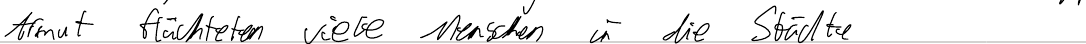
Armut flüchteten viele Menschen in die Städte